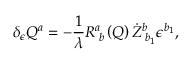
\delta _ { \epsilon } Q ^ { a } = - \frac 1 \lambda R _ { \; b } ^ { a } \left( Q \right) \dot { Z } _ { \; b _ { 1 } } ^ { b } \epsilon ^ { b _ { 1 } } ,